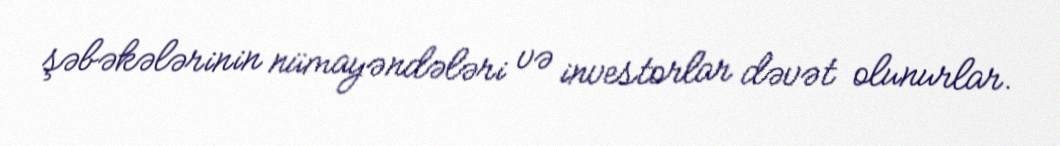
şəbəkələrinin nümayəndələri və investorlar dəvət olunurlar.